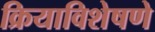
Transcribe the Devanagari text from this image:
क्रियाविशेषणे